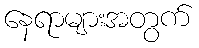
နေရာများအတွက်